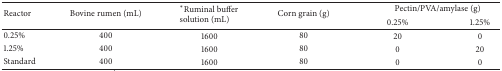
| <ROWSPAN=2> Reactor | <ROWSPAN=2> Bovine rumen (mL) | <ROWSPAN=2> ∗Ruminal buffer solution (mL) | <ROWSPAN=2> Corn grain (g) | <COLSPAN=2> Pectin/PVA/amylase (g) |
 | 0.25% | 1.25% |
 | --- | --- | --- | --- | --- | --- |
 | 0.25% | 400 | 1600 | 80 | 20 | 0 |
 | 1.25% | 400 | 1600 | 80 | 0 | 20 |
 | Standard | 400 | 1600 | 80 | 0 | 0 |